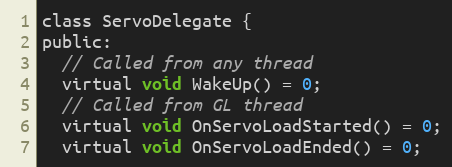
Language: C
class ServoDelegate {
public:
  // Called from any thread
  virtual void WakeUp() = 0;
  // Called from GL thread
  virtual void OnServoLoadStarted() = 0;
  virtual void OnServoLoadEnded() = 0;